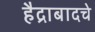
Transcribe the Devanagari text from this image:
हैद्राबादचे